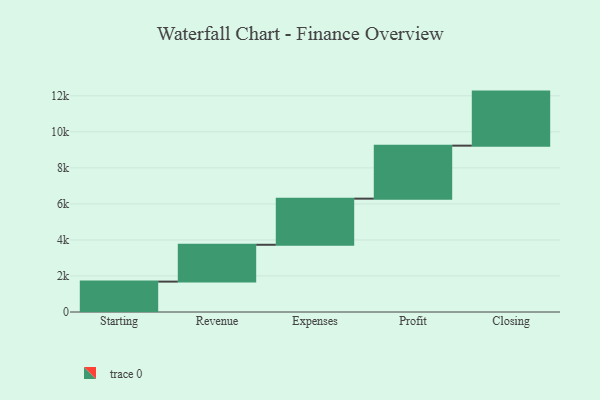
{"axis": {"x": "Step", "y": "Value"}, "legend": [""], "data": [{"x": "Starting", "y": 1687.0, "type": ""}, {"x": "Revenue", "y": 2045.0, "type": ""}, {"x": "Expenses", "y": 2560.0, "type": ""}, {"x": "Profit", "y": 2942.0, "type": ""}, {"x": "Closing", "y": 3000, "type": ""}]}